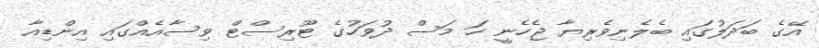
އޭގެ ބަދަލުގައި ބެލެނިވެރިޔާ ޖެހެނީ ހަ މަސް ދުވަހުގެ ޓޫރިސްޓް ވިސާއެއްގައި އިންޑިއާ